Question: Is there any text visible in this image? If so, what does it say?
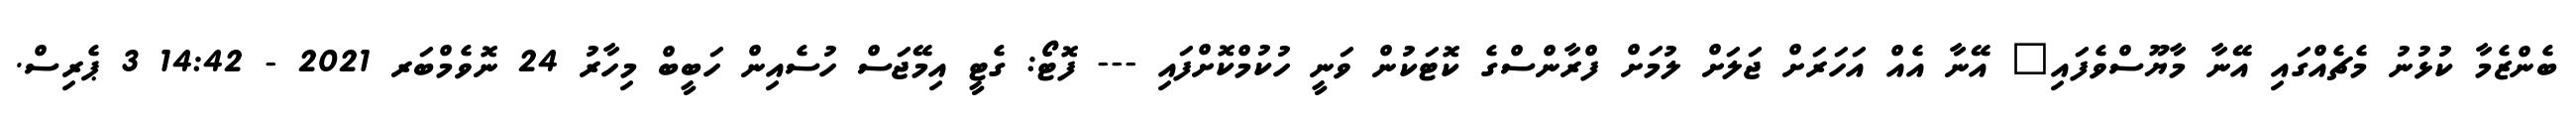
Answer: ބެންޒެމާ ކުޅުނު މެޗެއްގައި އޭނާ މާޔޫސްވެފައި" އޭނާ އެއް އަހަރަށް ޖަލަށް ލުމަށް ފްރާންސްގެ ކޮޓަކުން ވަނީ ހުކުމްކޮށްފައި --- ފޮޓޯ: ގެޓީ އިމޭޖަސް ހުސެއިން ހަބީބް މިހާރު 24 ނޮވެމްބަރ 2021 - 14:42 3 ޕެރިސް.